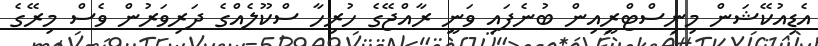
އެޑިއުކޭޝަން މިނިސްޓްރީއިން ބުނެފައި ވަނީ ރާއްޖޭގެ ހުރިހާ ސްކޫލެއްގެ ދަރިވަރުން ވެސް މިރޭގެ